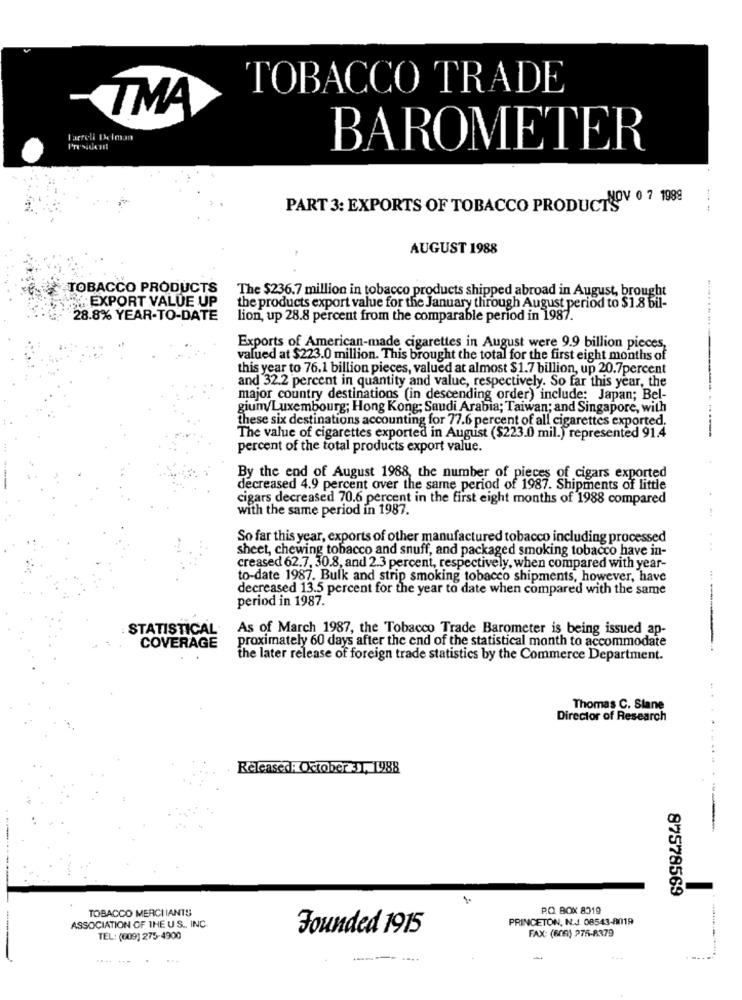
TOBACCO TRADE
TMA
Farrell Delman
BAROMETER
PART 3: EXPORTS OF TOBACCO PRODUCTNOV 0 7 1989
AUGUST 1988
TOBACCO PRODUCTS
The $236.7 million in tobacco products shipped abroad in August, brought
:EXPORT VALUE UP
the products export value for the January through August period to $1.8 bil-
28.8% YEAR-TO-DATE
lion, up 28.8 percent from the comparable period in 1987.
Exports of American-made cigarettes in August were 9.9 billion pieces,
valued at $223.0 million. This brought the total for the first eight months of
this year to 76.1 billion pieces, valued at almost $1.7 billion, up 20.7percent
and 32.2 percent in quantity and value, respectively. So far this year, the
major country destinations (in descending order) include: Japan; Bel-
gium/Luxembourg; Hong Kong: Saudi Arabia; Taiwan; and Singapore, with
these six destinations accounting for 77.6 percent of all cigarettes exported.
The value of cigarettes exported in August ($223.0 mil.) represented 91.4
percent of the total products export value.
By the end of August 1988, the number of pieces of cigars exported
decreased 4.9 percent over the same period of 1987. Shipments of little
cigars decreased 70.6 percent in the first eight months of 1988 compared
with the same period in 1987.
So far this year, exports of other manufactured tobacco including processed
sheet, chewing tobacco and snuff, and packaged smoking tobacco have in-
creased 62.7, 30.8, and 2.3 percent, respectively, when compared with year-
to-date 1987. Bulk and strip smoking tobacco shipments, however, have
decreased 13.5 percent for the year to date when compared with the same
period in 1987.
------
STATISTICAL
As of March 1987, the Tobacco Trade Barometer is being issued ap-
proximately 60 days after the end of the statistical month to accommodate
COVERAGE
the later release of foreign trade statistics by the Commerce Department.
Thomas C. Slane
Director of Research
Released.Oktober, 1988
87578569
TOBACCO MERCHANTS
P.O. BOX 8319
PRINCETON, N.J. 08543-8019
ASSOCIATION OF THE U S ., INC.
Founded 1915
FAX: (600) 275-8379
TEL: (009)275-4900
........
-